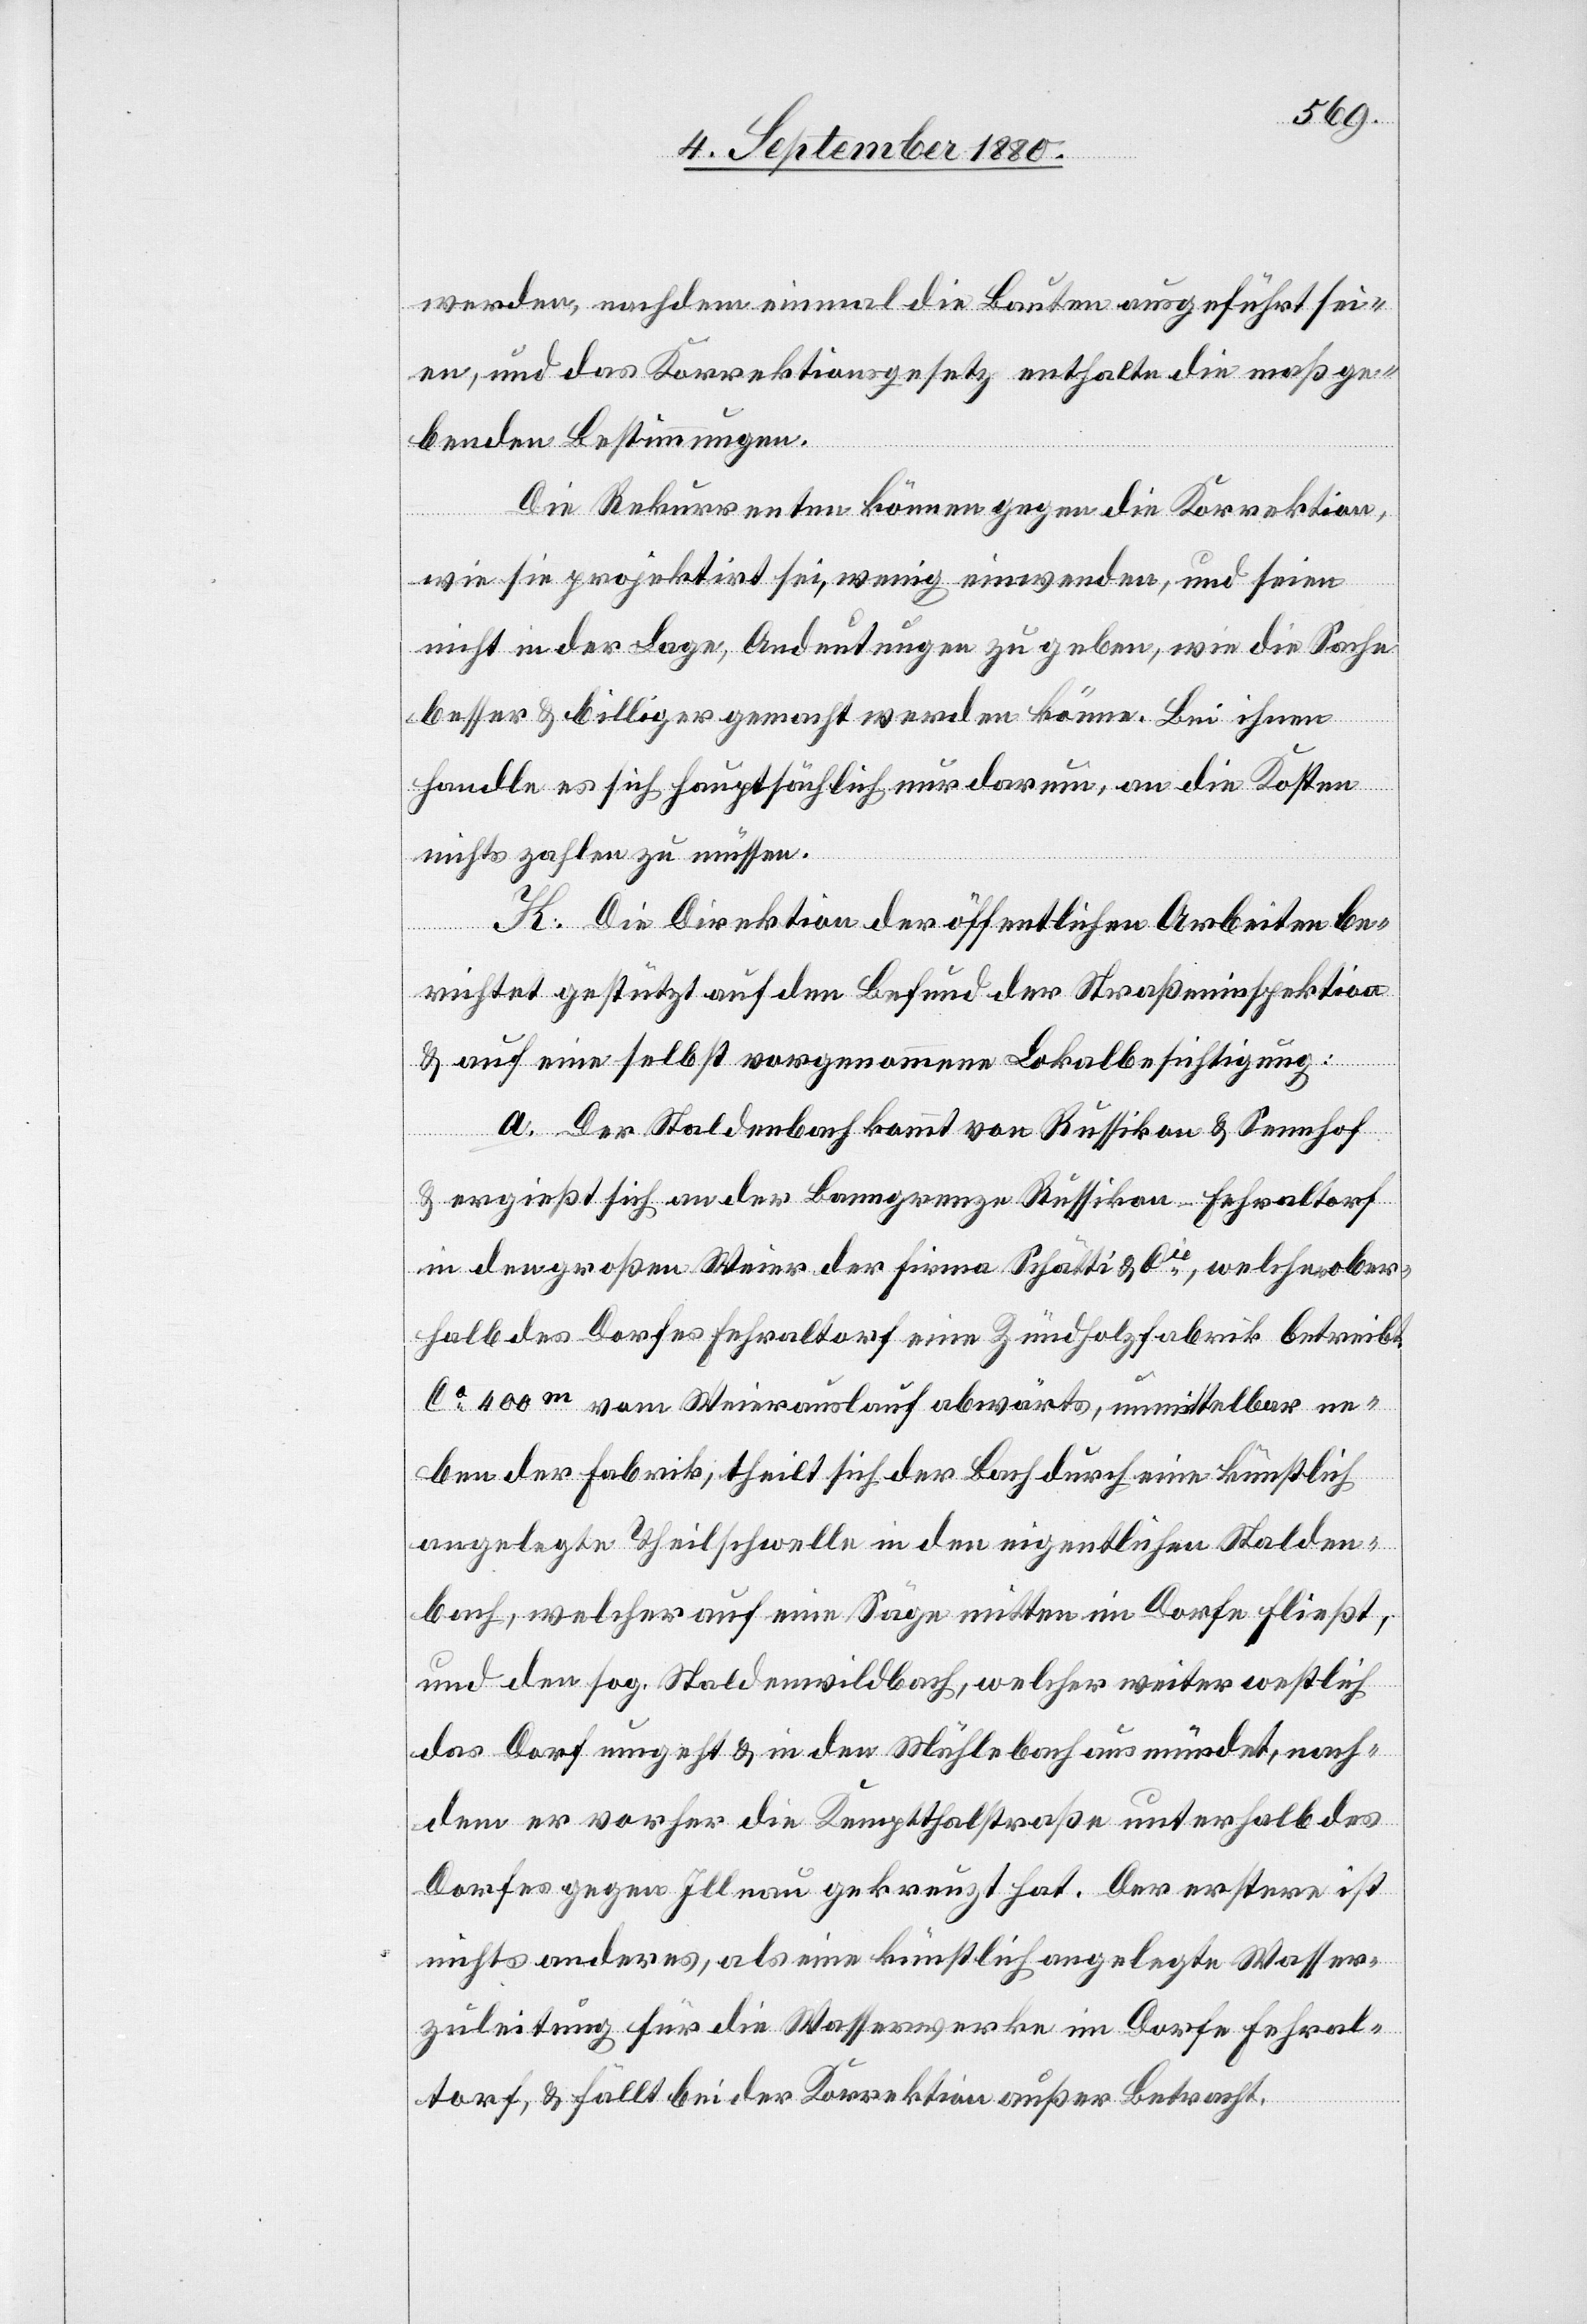
werden, nachdem einmal die Bauten ausgeführt sei¬
en, und das Korrektionsgesetz enthalte die maßge¬
benden Bestimmungen.
Die Rekurrenten können gegen die Korrektion,
wie sie projektirt sei, wenig einwenden, und seien
nicht in der Lage, Andeutungen zu geben, wie die Sache
besser & billiger gemacht werden könne. Bei ihnen
handle es sich hauptsächlich nur drum, an die Kosten
nichts zahlen zu müssen.
K. Die Direktion der öffentlichen Arbeiten be¬
richtet gestützt auf den Befund der Straßeninspektion
& auf eine selbst vorgenommene Lokalbesichtigung:
a. Der Staldenbach kommt von Russikon & Sennhof
ergießt sich an der Baumgrenze Russikon - Fehraltorf
in den großen Weier der Firma Schätti & Cie, welche ober¬
halb des Dorfes Fehraltorf eine Zündholzfabrik betreibt.
Ca 400 m vom Weierauslauf abwärts, unmittelbar ne¬
ben der Fabrik, theilt sich der Bach durch eine künstlich
angelegte Theilschwelle in den eigentlichen Stalden¬
bach, welcher auf eine Säge mitten im Dorfe fließt,
und den sog. Staldenwildbach, welcher weiter westlich
das Dorf umgeht & in den Mühlebach ausmündet, nach¬
dem er vorher die Kempthalstraße unterhalb des
Dorfes gegen Illnau gekreuzt hat. Der erstere ist
nichts anderes, als eine künstlich angelegte Wasser¬
zuleitung für die Wasserwerke im Dorfe Fehral¬
torf, & fällt bei der Korrektion außer Betracht.